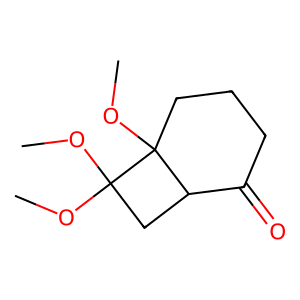
SMILES: COC1(OC)CC2C(=O)CCCC21OC
Inhibits HIV replication: No